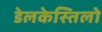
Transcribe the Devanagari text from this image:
डेलकेस्तिलो